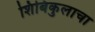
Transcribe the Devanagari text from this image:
शिबिकुलाचा